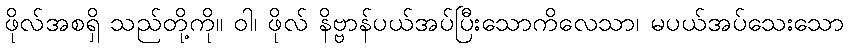
ဖိုလ်အစရှိ သည်တို့ကို။ ဝါ၊ ဖိုလ် နိဗ္ဗာန်ပယ်အပ်ပြီးသောကိလေသာ၊ မပယ်အပ်သေးသော